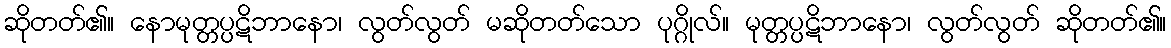
ဆိုတတ်၏။ နောမုတ္တပ္ပဋိဘာနော၊ လွတ်လွတ် မဆိုတတ်သော ပုဂ္ဂိုလ်။ မုတ္တပ္ပဋိဘာနော၊ လွတ်လွတ် ဆိုတတ်၏။